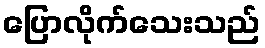
ပြောလိုက်သေးသည်